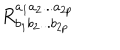
LaTeX: R _ { b _ { 1 } b _ { 2 } . . . b _ { 2 p } } ^ { a _ { 1 } a _ { 2 } . . . a _ { 2 p } }